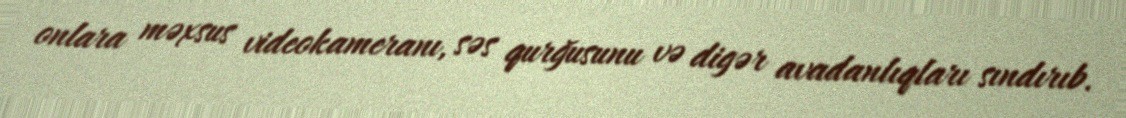
onlara məxsus videokameranı, səs qurğusunu və digər avadanlıqları sındırıb.